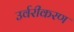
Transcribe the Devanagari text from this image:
उर्वरीकरण